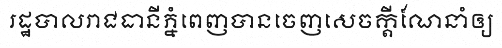
រដ្ឋបាលរាជធានីភ្នំពេញបានចេញសេចក្តីណែនាំឲ្យ